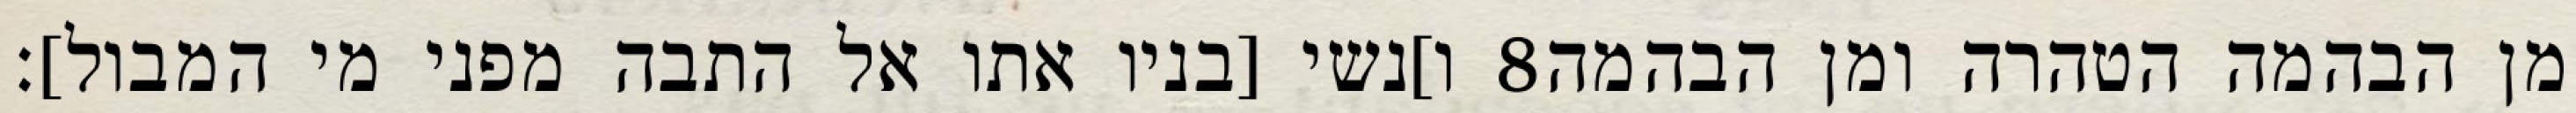
ו]נשי [בניו אתו אל התבה מפני מי המבול]׃ ‎8‏ מן הבהמה הטהרה ומן הבהמה